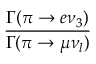
\frac { \Gamma ( \pi \to e \nu _ { 3 } ) } { \Gamma ( \pi \to \mu \nu _ { l } ) }